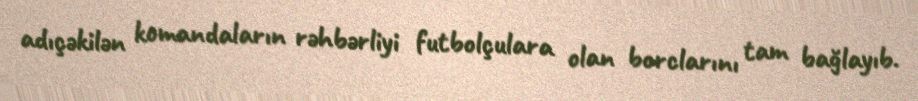
adıçəkilən komandaların rəhbərliyi futbolçulara olan borclarını tam bağlayıb.